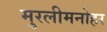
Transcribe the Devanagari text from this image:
मुरलीमनोहर